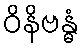
ဝိနိဗန္ဓံ